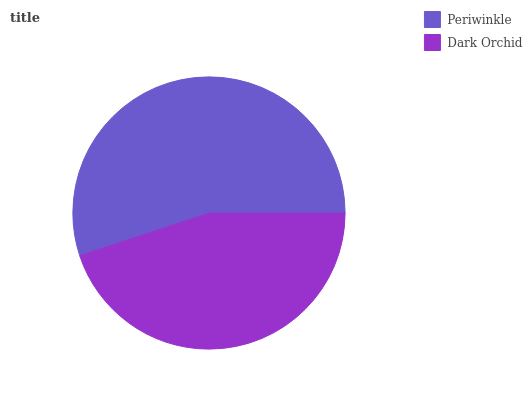
| Periwinkle | Dark Orchid |
 | --- | --- |
 | 55.1% | 44.9% |